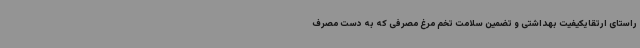
راستای ارتقایکیفیت بهداشتی و تضمین سلامت تخم مرغ مصرفی که به دست مصرف